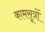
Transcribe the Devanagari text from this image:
कामसूत्रों